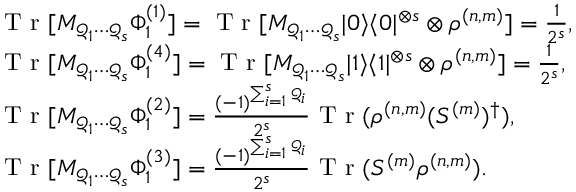
\begin{array} { r l } & { \textrm { T r } [ M _ { \mathcal { Q } _ { 1 } \cdots \mathcal { Q } _ { s } } \Phi _ { 1 } ^ { ( 1 ) } ] = \textrm { T r } [ M _ { \mathcal { Q } _ { 1 } \cdots \mathcal { Q } _ { s } } | 0 \rangle \langle 0 | ^ { \otimes s } \otimes \rho ^ { ( n , m ) } ] = \frac { 1 } { 2 ^ { s } } , } \\ & { \textrm { T r } [ M _ { \mathcal { Q } _ { 1 } \cdots \mathcal { Q } _ { s } } \Phi _ { 1 } ^ { ( 4 ) } ] = \textrm { T r } [ M _ { \mathcal { Q } _ { 1 } \cdots \mathcal { Q } _ { s } } | 1 \rangle \langle 1 | ^ { \otimes s } \otimes \rho ^ { ( n , m ) } ] = \frac { 1 } { 2 ^ { s } } , } \\ & { \textrm { T r } [ M _ { \mathcal { Q } _ { 1 } \cdots \mathcal { Q } _ { s } } \Phi _ { 1 } ^ { ( 2 ) } ] = \frac { ( - 1 ) ^ { \sum _ { i = 1 } ^ { s } \mathcal { Q } _ { i } } } { 2 ^ { s } } \textrm { T r } ( \rho ^ { ( n , m ) } ( S ^ { ( m ) } ) ^ { \dag } ) , } \\ & { \textrm { T r } [ M _ { \mathcal { Q } _ { 1 } \cdots \mathcal { Q } _ { s } } \Phi _ { 1 } ^ { ( 3 ) } ] = \frac { ( - 1 ) ^ { \sum _ { i = 1 } ^ { s } \mathcal { Q } _ { i } } } { 2 ^ { s } } \textrm { T r } ( S ^ { ( m ) } \rho ^ { ( n , m ) } ) . } \end{array}